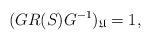
LaTeX: \begin{align*}(GR(S)G^{-1})_\mathfrak{U}=1, \end{align*}